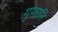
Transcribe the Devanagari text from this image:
गुणानि